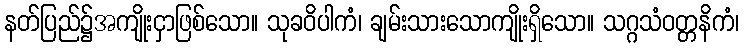
နတ်ပြည်၌အကျိုးငှာဖြစ်သော။ သုခဝိပါကံ၊ ချမ်းသားသောကျိုးရှိသော။ သဂ္ဂသံဝတ္တနိကံ၊